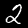
Digit: 2